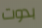
بدوت